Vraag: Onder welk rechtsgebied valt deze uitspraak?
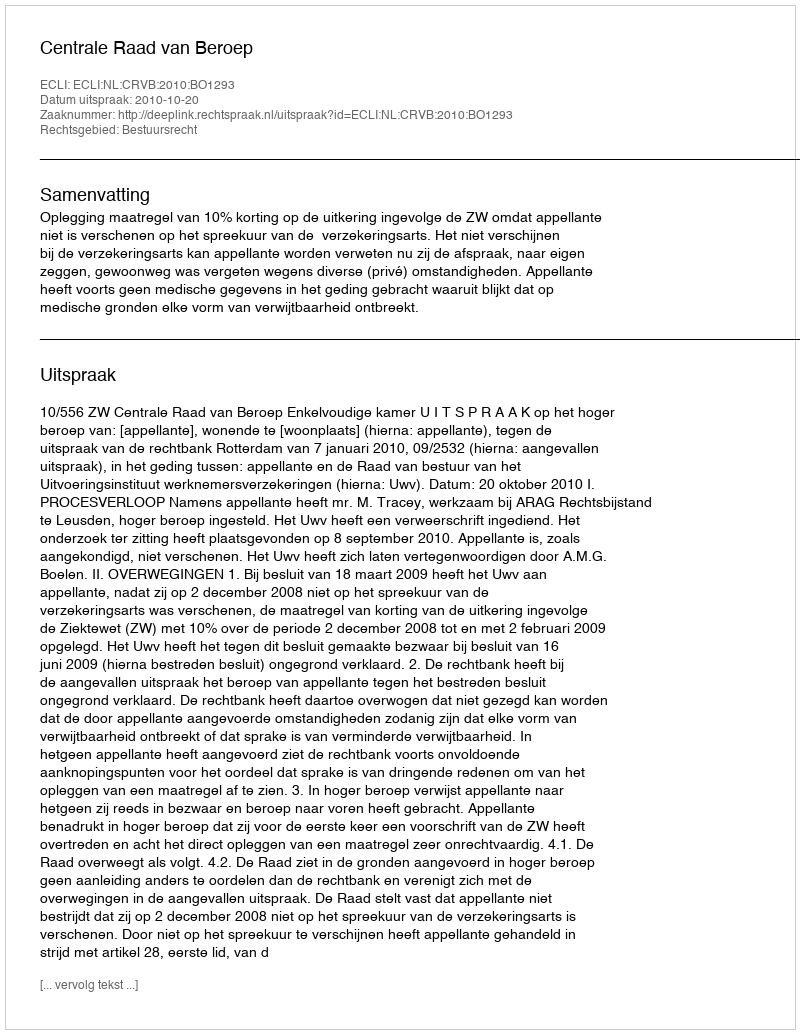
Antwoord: Bestuursrecht